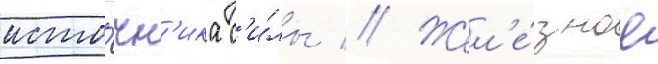
исто́чн'ика с'и́лы // Жел'е́зное